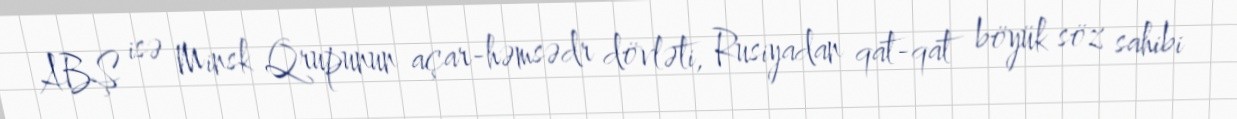
ABŞ isə Minsk Qrupunun açar-həmsədr dövləti, Rusiyadan qat-qat böyük söz sahibi